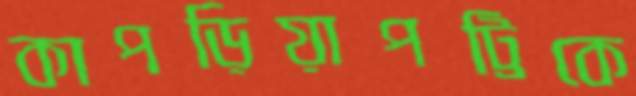
কাপড়িয়াপট্টিকে